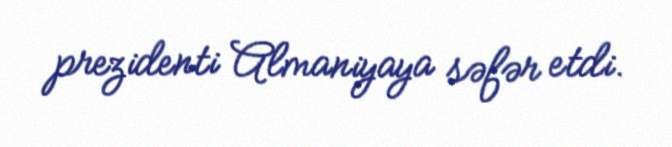
prezidenti Almaniyaya səfər etdi.